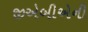
જીએબીએની